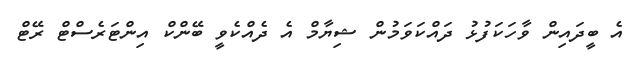
އެ ބީދައިން ވާހަކަފުޅު ދައްކަވަމުން ޝިޔާމް އެ ދެއްކެވީ ބޭންކް އިންޓަރެސްޓް ރޭޓް